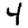
Digit: 4